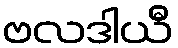
ဗလဒါယီ